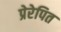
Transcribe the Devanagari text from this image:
प्रेरेपित